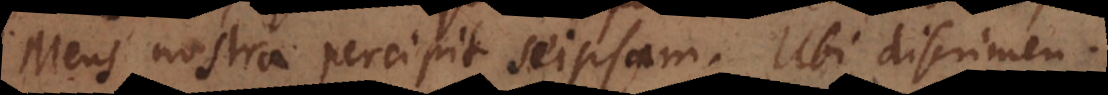
Mens nostra percipit seipsam. Ubi discrimen